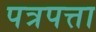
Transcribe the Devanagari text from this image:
पत्रपत्ता